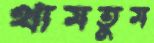
থামতুম